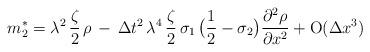
LaTeX: \begin{align*}m_{2}^{*}=\lambda^{2} \, \frac{\zeta}{2} \, \rho \,- \, \Delta t^{2} \, \lambda^{4}\, \frac{\zeta}{2} \, \sigma_{1} \, \big( \frac{1}{2}-\sigma_{2} \big) \frac{\partial^2 \rho}{\partial x^{2}}+{\rm{O}} (\Delta x^{3}) \end{align*}